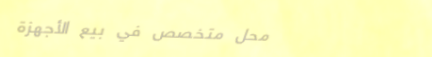
محل متخصص في بيع الأجهزة